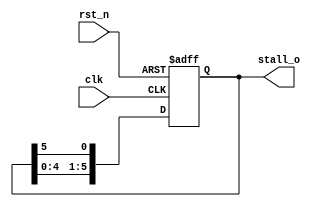
module controller (
    input               clk     ,
    input               rst_n   ,

    output reg [5:0]    stall_o
);

    always @(posedge clk or negedge rst_n) begin
        if (!rst_n)
            stall_o     <=  6'b111110;
        else 
            stall_o     <=  {stall_o[4:0], stall_o[5]};
    end
    
endmodule